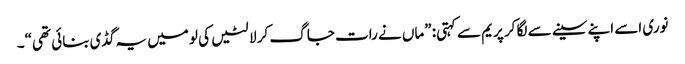
نوری اسے اپنے سینے سے لگا کر پریم سے کہتی: ”ماں نے رات جاگ کر لالٹیں کی لو میں یہ گڈی بنائی تھی“۔